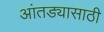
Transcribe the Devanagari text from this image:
आंतड्यासाठी